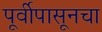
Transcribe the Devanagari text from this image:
पूर्वीपासूनचा